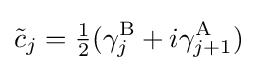
{\tilde {c}}_{j}={\tfrac {1}{2}}(\gamma _{j}^{\rm {B}}+i\gamma _{j+1}^{\rm {A}})